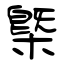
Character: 槩